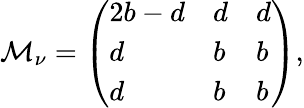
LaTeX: {\cal M}_{\nu}=\left(\begin{array}{lll}{{2b-d}}&{{d}}&{{d}}\\ {{d}}&{{b}}&{{b}}\\ {{d}}&{{b}}&{{b}}\end{array}\right),